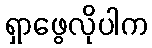
ရှာဖွေလိုပါက